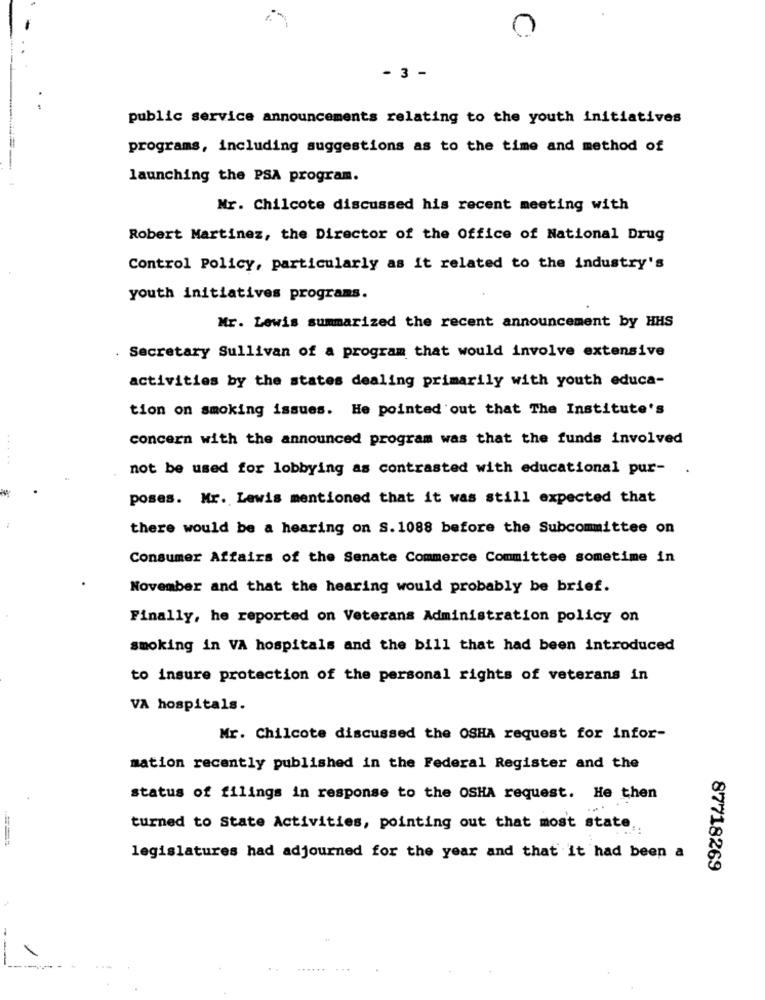
- 3 -
public service announcements relating to the youth initiatives
programs, including suggestions as to the time and method of
launching the PSA program.
Mr. Chilcote discussed his recent meeting with
Robert Martinez, the Director of the Office of National Drug
Control Policy, particularly as it related to the industry's
youth initiatives programs.
Mr. Lewis summarized the recent announcement by HHS
Secretary Sullivan of a program that would involve extensive
activities by the states dealing primarily with youth educa-
tion on smoking issues. He pointed out that The Institute's
concern with the announced program was that the funds involved
.....
not be used for lobbying as contrasted with educational pur-
poses. Mr. Lewis mentioned that it was still expected that
there would be a hearing on S. 1088 before the Subcommittee on
Consumer Affairs of the Senate Commerce Committee sometime in
November and that the hearing would probably be brief.
Finally, he reported on Veterans Administration policy on
smoking in VA hospitals and the bill that had been introduced
to insure protection of the personal rights of veterans in
VA hospitals.
Mr. Chilcote discussed the OSHA request for infor-
mation recently published in the Federal Register and the
status of filings in response to the OSHA request. He then
turned to State Activities, pointing out that most state ,.
legislatures had adjourned for the year and that it had been a
87718269